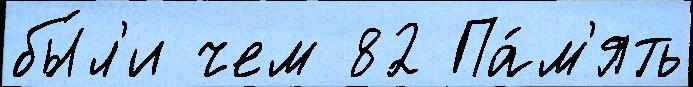
бы́л'и чем 82 Па́м'ять